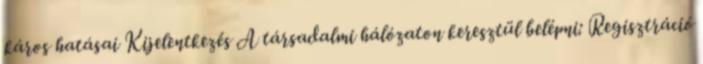
káros hatásai Kijelentkezés A társadalmi hálózaton keresztül belépni: Regisztráció